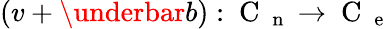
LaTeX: (v+\underbar b):\mathrm{~C~}_{\mathrm{~n~}}\to\mathrm{~C~}_{\mathrm{~e~}}